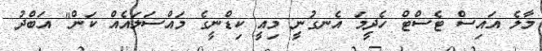
މާލެ އައިސް ޓެސްޓް ހެދީމަ އެނގުނީ މިއީ ކިޑްނީގެ މައްސަލައެއް ކަން" އަބްދު